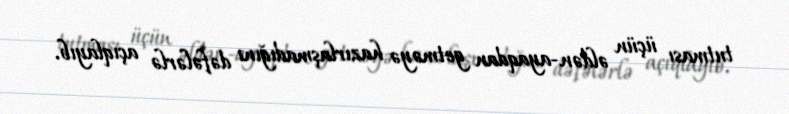
tutması üçün əldən-ayaqdan getməyə hazırlaşmadığını dəfələrlə açıqlayıb.